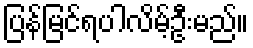
ပြန်မြင်ရပါလိမ့်ဦးမည်။